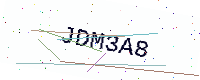
Text: JDM3A8